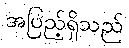
အပြည့်ရှိသည်